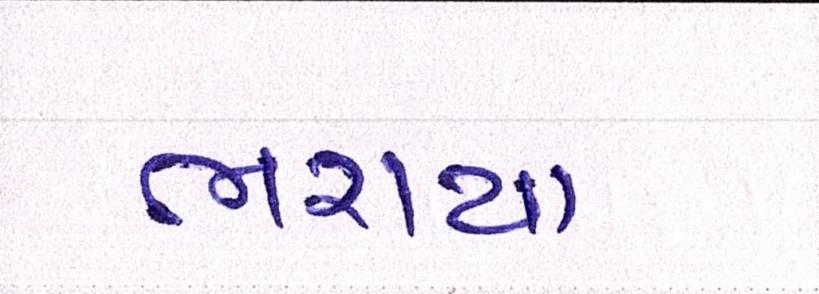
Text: ભરાયા